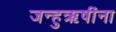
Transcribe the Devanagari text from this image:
जन्हुऋषींना